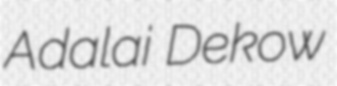
Adalai Dekow